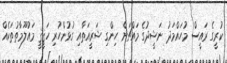
ކުރީގެ ރައީސް މުހައްމަދު ނަޝީދުގެ މައްޗަށް ހިންގި ޝަރީއަތާއި ގުޅުންހުރި ހަޤީޤީ މައުލޫމާތުތަކެއް